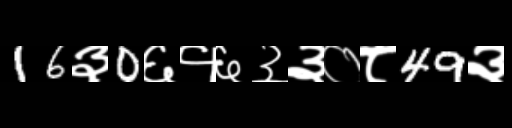
Text: 16३0६१६३३०८49३